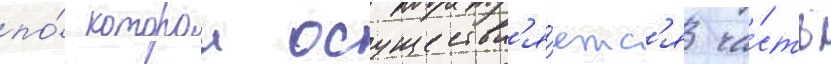
по́ которои осуществл'я́етс'я ча́сть